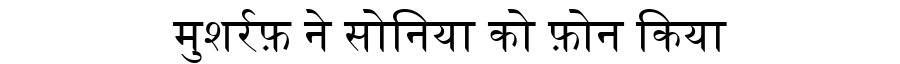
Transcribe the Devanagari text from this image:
मुशर्रफ़ ने सोनिया को फ़ोन किया